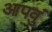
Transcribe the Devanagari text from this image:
आपवुं